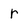
Character: r